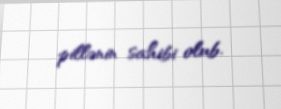
pillənin sahibi olub.